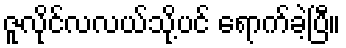
ဇူလိုင်လလယ်သို့ပင် ရောက်ခဲ့ပြီ။